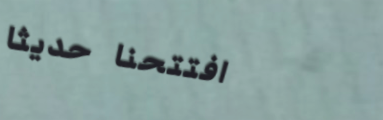
افتتحنا حديثاً